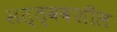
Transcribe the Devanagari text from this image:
सत्त्ववशील